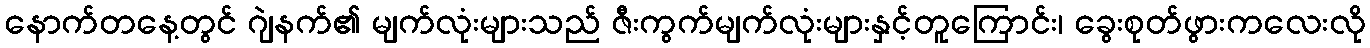
နောက်တနေ့တွင် ဂျဲနက်၏ မျက်လုံးများသည် ဇီးကွက်မျက်လုံးများနှင့်တူကြောင်း၊ ခွေးစုတ်ဖွားကလေးလို